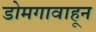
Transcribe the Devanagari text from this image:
डोमगावाहून